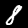
Label: 8